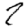
Digit: 2